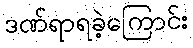
ဒဏ်ရာရခဲ့ကြောင်း